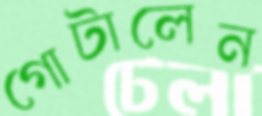
গোটালেন